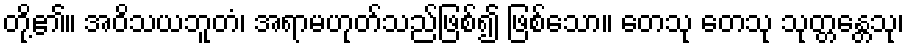
တို့၏။ အဝိသယဘူတံ၊ အရာမဟုတ်သည်ဖြစ်၍ ဖြစ်သော။ တေသု တေသု သုတ္တန္တေသု၊